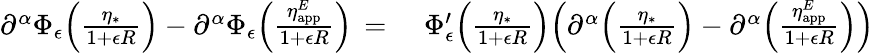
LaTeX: \begin{array}{rl}{\partial^{\alpha}\Phi_{\epsilon}\Bigl(\frac{\eta_{*}}{1{+}\epsilon R}\Bigr)-\partial^{\alpha}\Phi_{\epsilon}\Bigl(\frac{\eta_{\mathrm{app}}^{E}}{1{+}\epsilon R}\Bigr)\, =\, }&{{}\, \Phi_{\epsilon}^{\prime}\Bigl(\frac{\eta_{*}}{1{+}\epsilon R}\Bigr)\Bigl(\partial^{\alpha}\Bigl(\frac{\eta_{*}}{1{+}\epsilon R}\Bigr)-\partial^{\alpha}\Bigl(\frac{\eta_{\mathrm{app}}^{E}}{1{+}\epsilon R}\Bigr)\Bigr)}\end{array}